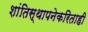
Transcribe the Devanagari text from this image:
शांतिस्थापनेकरिताही